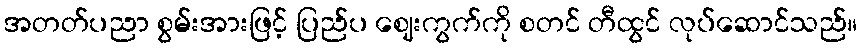
အတတ်ပညာ စွမ်းအားဖြင့် ပြည်ပ ဈေးကွက်ကို စတင် တီထွင် လုပ်ဆောင်သည်။